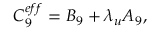
C _ { 9 } ^ { e f f } = B _ { 9 } + \lambda _ { u } A _ { 9 } ,